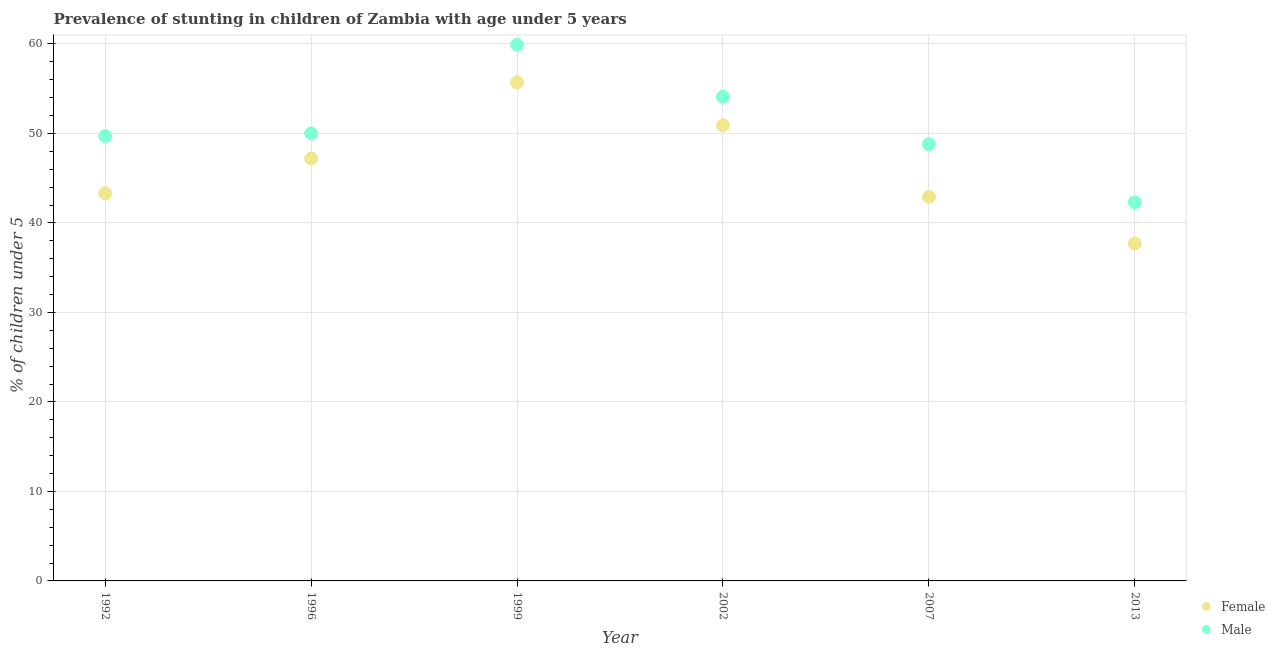
| Year | Female | Male |
 | --- | --- | --- |
 | 1992 | 43.3 | 49.7 |
 | 1996 | 47.2 | 50 |
 | 1999 | 55.7 | 59.9 |
 | 2002 | 50.9 | 54.1 |
 | 2007 | 42.9 | 48.8 |
 | 2013 | 37.7 | 42.3 |